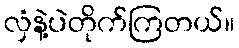
လှံနဲ့ပဲတိုက်ကြတယ်။